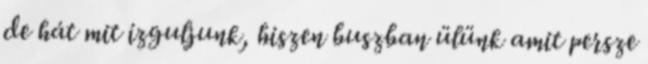
de hát mit izguljunk, hiszen buszban ülünk amit persze